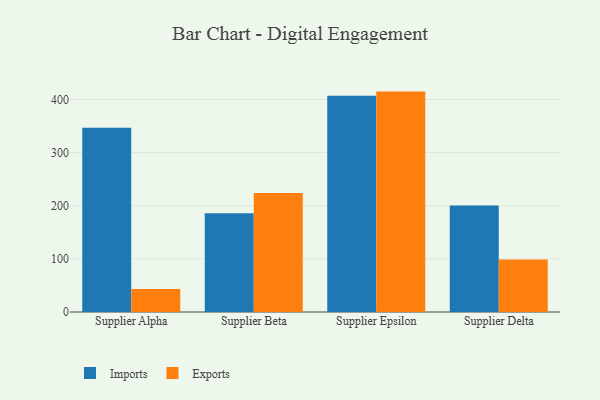
{"axis": {"x": "Supplier", "y": "Gross Profit (USD K)"}, "legend": ["Exports", "Imports"], "data": [{"x": "Supplier Alpha", "y": 346.9, "type": "Imports"}, {"x": "Supplier Alpha", "y": 43.1, "type": "Exports"}, {"x": "Supplier Beta", "y": 185.6, "type": "Imports"}, {"x": "Supplier Beta", "y": 224.0, "type": "Exports"}, {"x": "Supplier Epsilon", "y": 407.1, "type": "Imports"}, {"x": "Supplier Epsilon", "y": 414.7, "type": "Exports"}, {"x": "Supplier Delta", "y": 200.4, "type": "Imports"}, {"x": "Supplier Delta", "y": 98.7, "type": "Exports"}]}